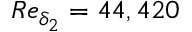
R e _ { \delta _ { 2 } } = 4 4 , 4 2 0